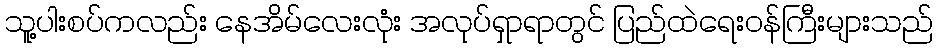
သူ့ပါးစပ်ကလည်း နေအိမ်လေးလုံး အလုပ်ရှာရာတွင် ပြည်ထဲရေးဝန်ကြီးများသည်